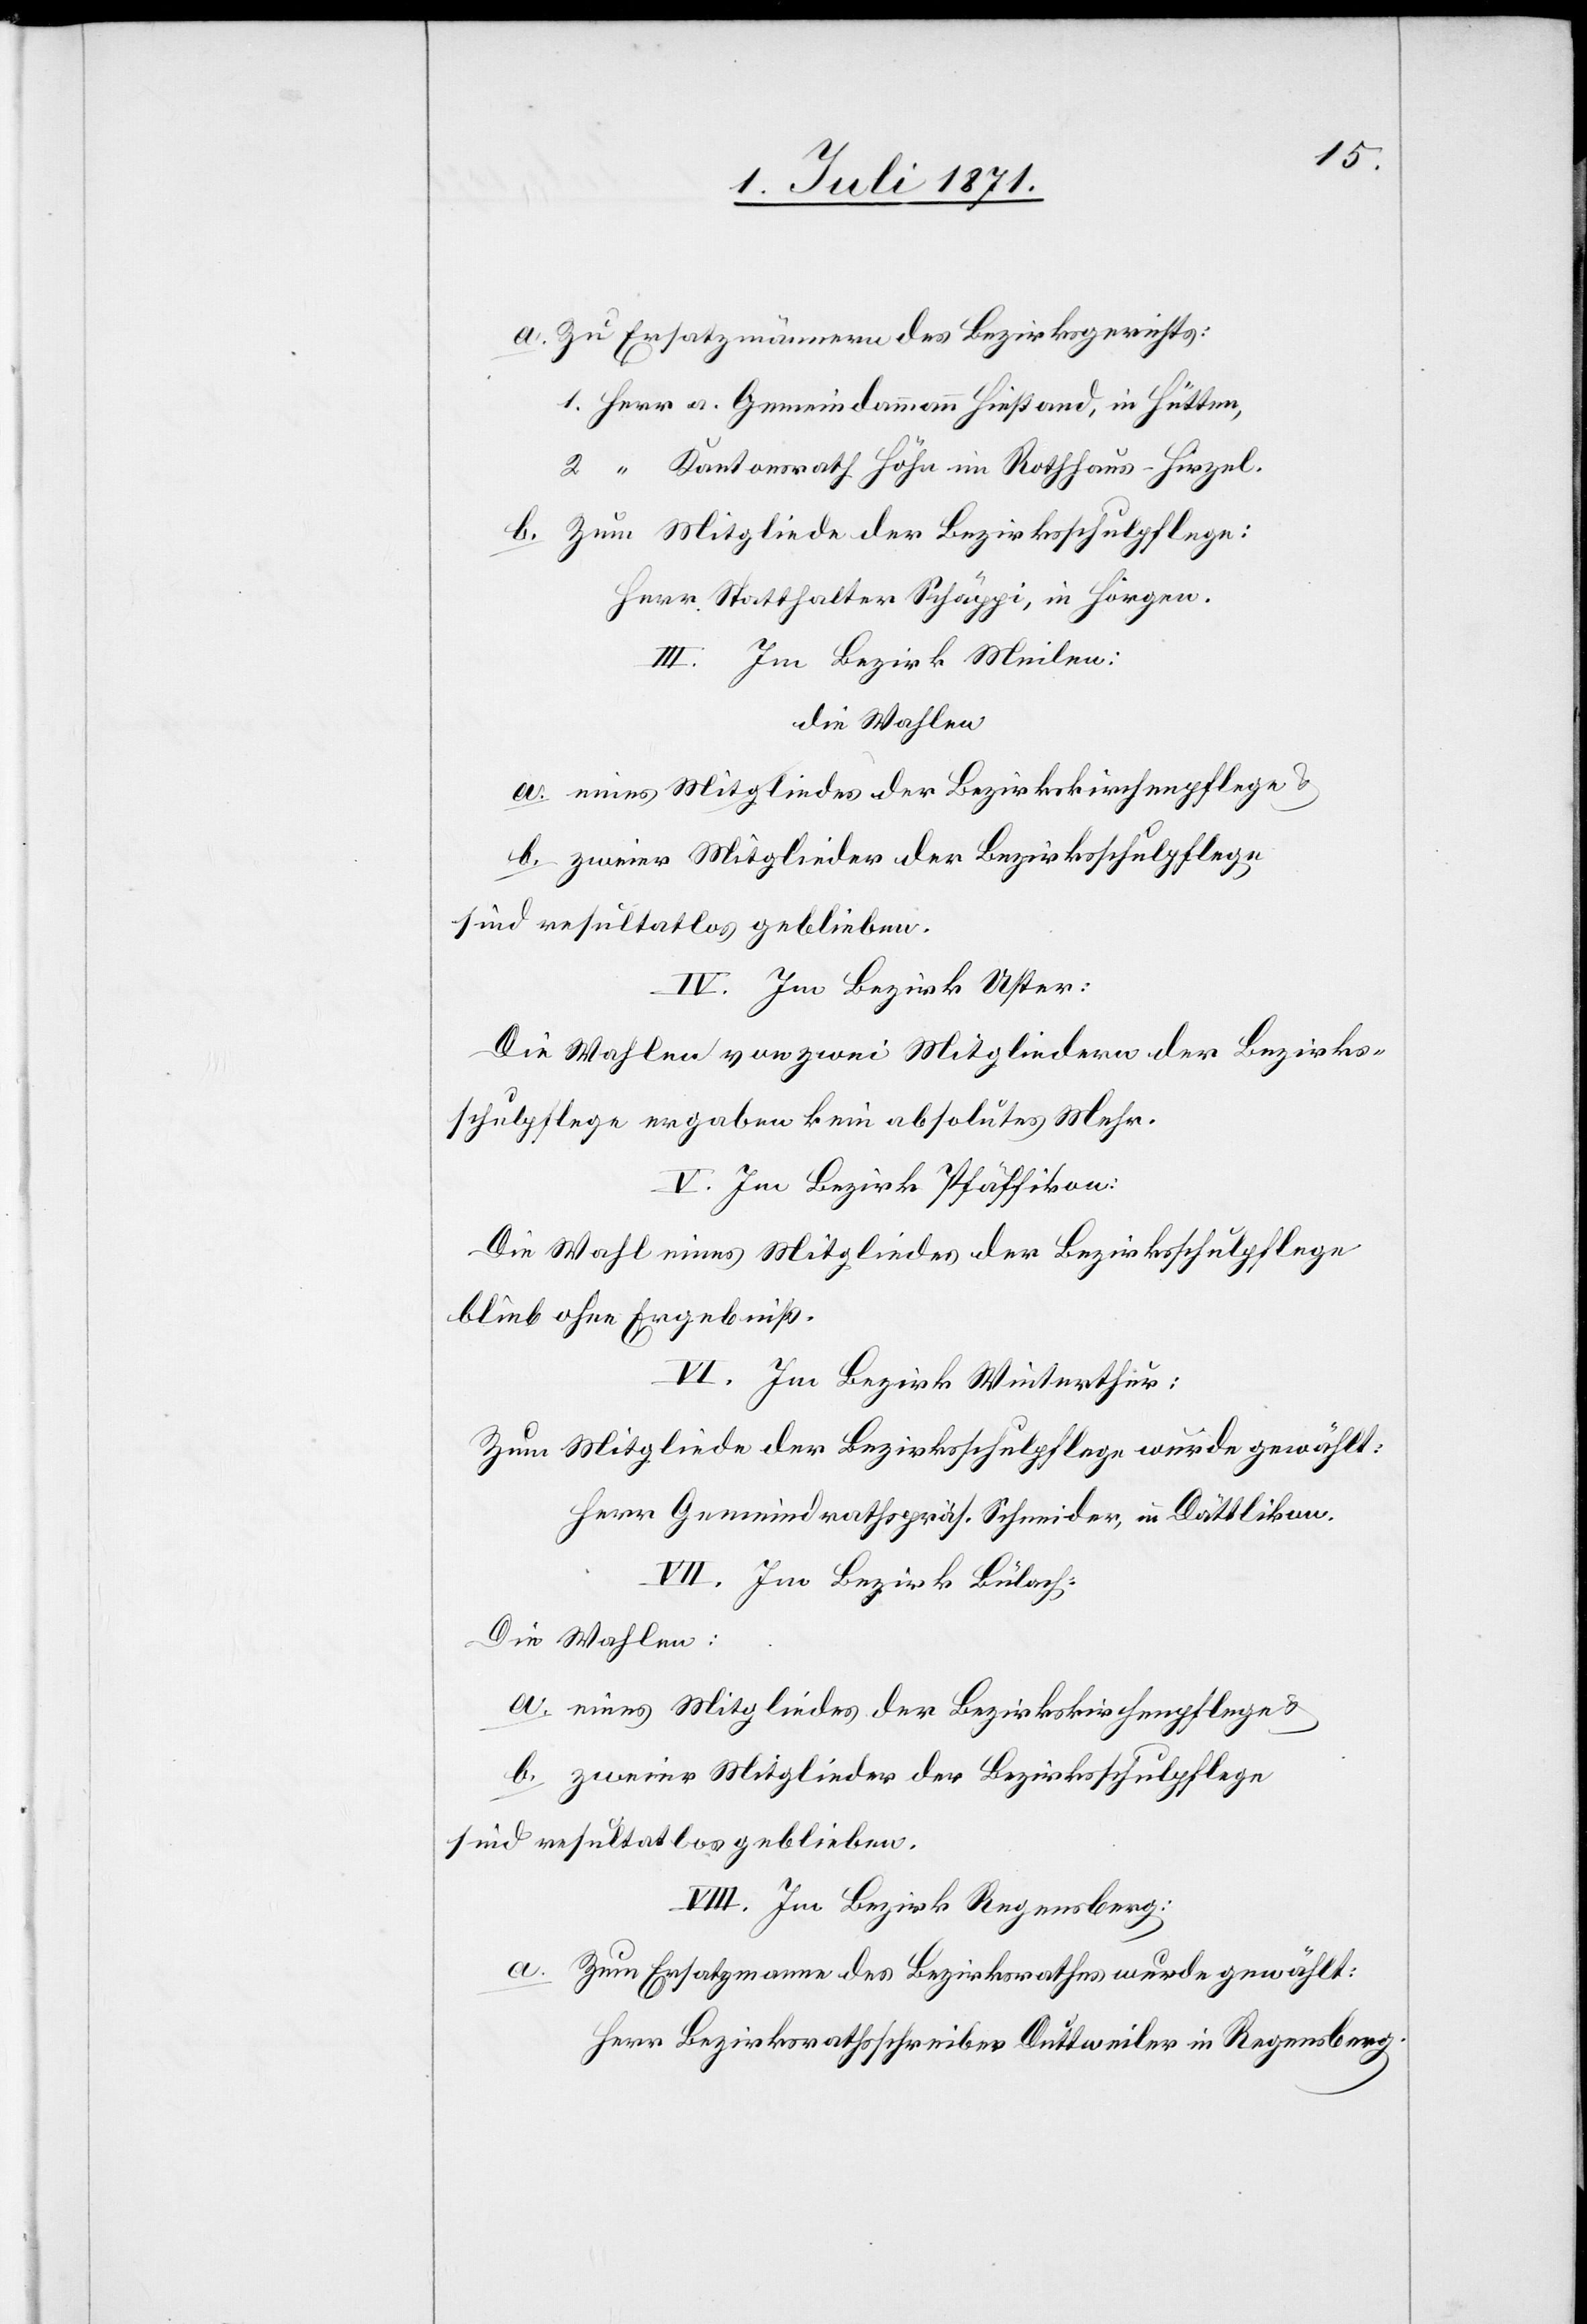
a. Zu Ersatzmännern des Bezirksgerichts:
Kantonsrath Höhn in Rothhaus-Hirzel.
b. Zum Mitgliede der Bezirksschulpflege:
Herr Statthalter Schäppi, in Horgen.
III. Im Bezirk Meilen:
die Wahlen
a. eines Mitgliedes der Bezirkskirchenpflege u.
b. zweier Mitglieder der Bezirksschulpflege
sind resultatlos geblieben
IV. Im Bezirk Uster:
Die Wahlen von zwei Mitgliedern der Bezirks¬
schulpflege ergaben kein absolutes Mehr.
V. Im Bezirk Pfäffikon:
Die Wahl eines Mitgliedes der Bezirksschulpflege
blieb ohne Ergebniß.
VI. Im Bezirk Winterthur:
Zum Mitgliede der Bezirksschulpflege wurde gewählt:
Herr Gemeindrathspräs. Schneider, in Dättlikon.
VII. Im Bezirk Bülach:
Die Wahlen:
a. eines Mitgliedes der Bezirkskirchenpflege u.
sind resultatlos geblieben.
VII. Im Bezirk Regensberg:
a. Zum Ersatzmanne des Bezirksrathes wurde gewählt:
Herr Bezirksrathsschreiber Duttweiler in Regensberg.